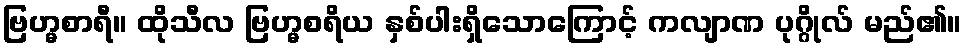
ဗြဟ္မစာရီ။ ထိုသီလ ဗြဟ္မစရိယ နှစ်ပါးရှိသောကြောင့် ကလျာဏ ပုဂ္ဂိုလ် မည်၏။